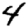
Digit: 4